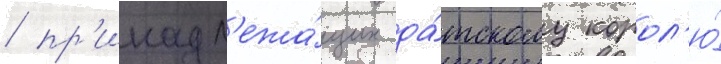
/ пр'инадл'ежа́щих да́тскому корол'ю́